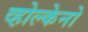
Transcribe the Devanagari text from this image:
व्होल्केनो